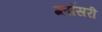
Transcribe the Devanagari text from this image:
ग्लॉसरी